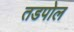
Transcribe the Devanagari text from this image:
तडपोल